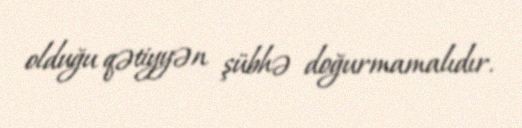
olduğu qətiyyən şübhə doğurmamalıdır.